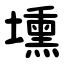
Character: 壎